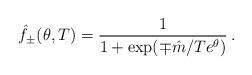
LaTeX: \begin{align*}\hat{f}_{\pm }(\theta ,T)=\frac{1}{1+\exp (\mp \hat{m}/Te^{\theta })}\,.\end{align*}